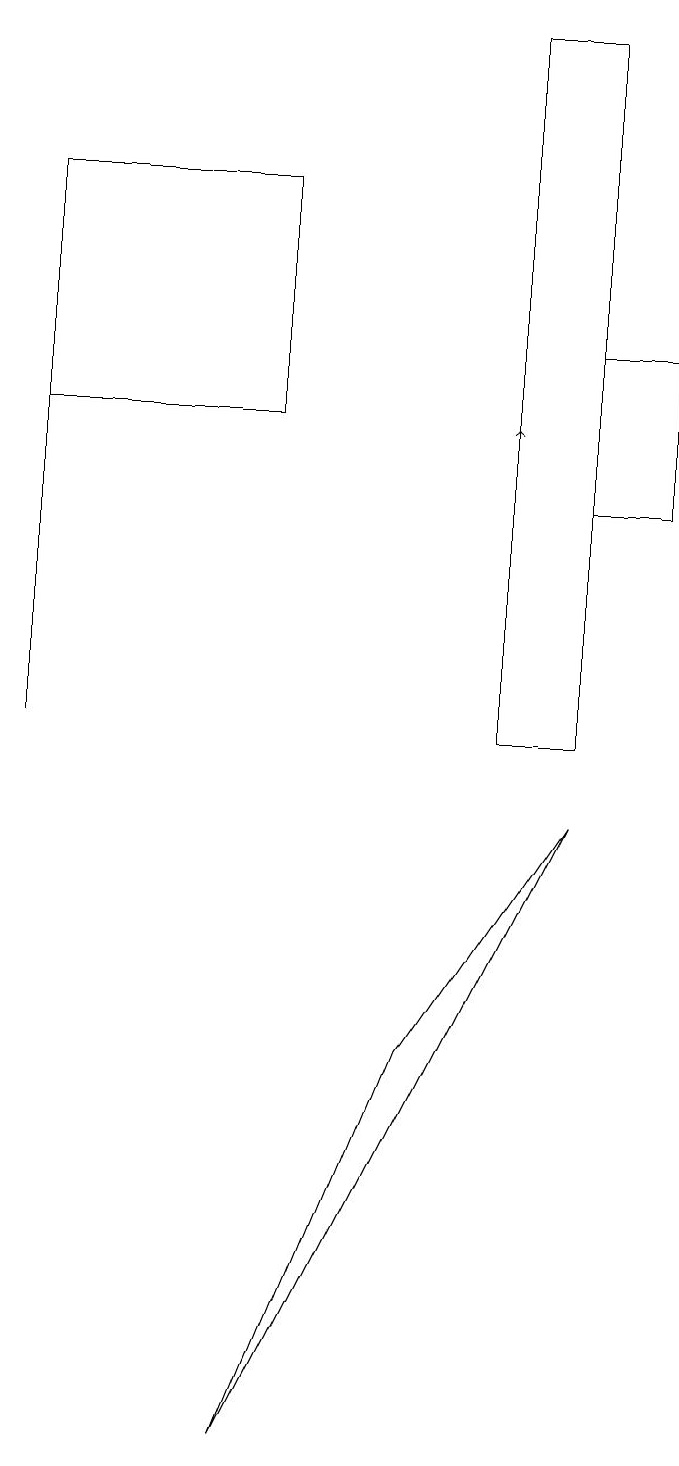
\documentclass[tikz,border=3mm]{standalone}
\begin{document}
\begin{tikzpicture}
\draw (3,17) rectangle (0,14);
\draw (5,6) -- (3,1) -- (7,9) -- cycle;
\draw (7,13) rectangle (8,15);
\draw (0,15) rectangle (0,10);
\draw (7,10) rectangle (6,19);
\draw[->] (6,14) -- (6,14);
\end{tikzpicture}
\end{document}